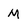
Character: M